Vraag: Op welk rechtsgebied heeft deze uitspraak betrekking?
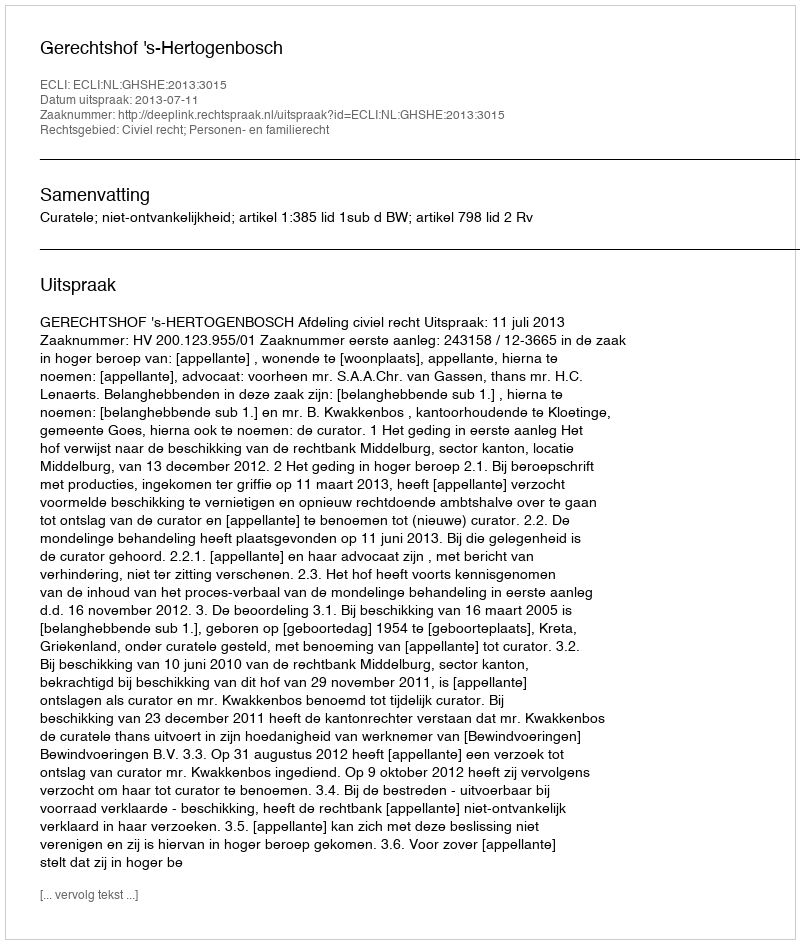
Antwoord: Civiel recht; Personen- en familierecht